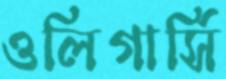
ওলিগার্সি